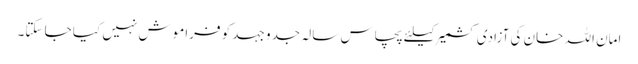
امان اللہ خان کی آزادی کشمیر کیلئے پچاس سالہ جدو جہد کو فراموش نہیں کیا جا سکتا۔